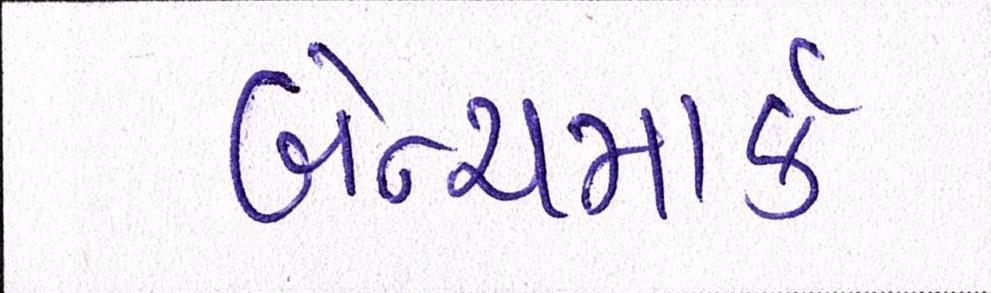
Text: બેન્ચમાર્ક